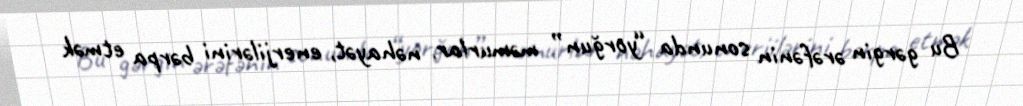
Bu gərgin ərəfənin sonunda “yorğun” məmurlar, nəhayət, enerjilərini bərpa etmək